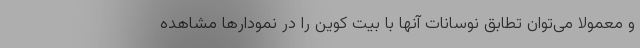
و معمولا می‌توان تطابق نوسانات آنها با بیت کوین را در نمودارها مشاهده